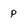
Character: p